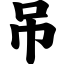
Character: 吊